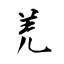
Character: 羌